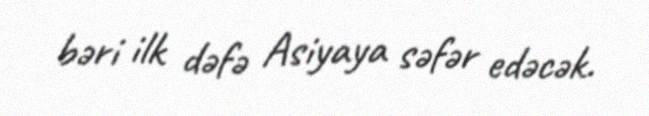
bəri ilk dəfə Asiyaya səfər edəcək.